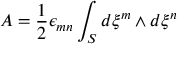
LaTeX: A = { \frac { 1 } { 2 } } \epsilon _ { m n } \int _ { \cal S } d \xi ^ { m } \wedge d \xi ^ { n }